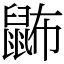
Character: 鿻